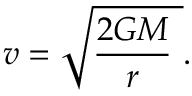
v = { \sqrt { { \frac { 2 G M } { r } } \ } } .